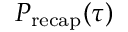
P _ { \mathrm { r e c a p } } ( \tau )